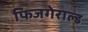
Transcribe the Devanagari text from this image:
फिजगेराल्ड